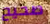
صحيح